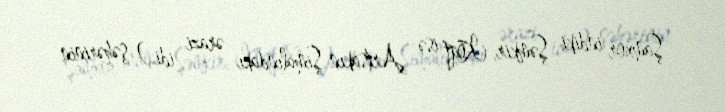
Şamxor indiki Şəmkir, Koqt isə Artsakın Şimalındakı ərazi idi.) şəhərinin